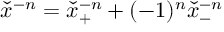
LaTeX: { \check { x } } ^ { - n } = { \check { x } } _ { + } ^ { - n } + ( - 1 ) ^ { n } { \check { x } } _ { - } ^ { - n }